Lunatic asylums in Bengal annual reports 1899-1911 - 1899-1911
Year: 1899
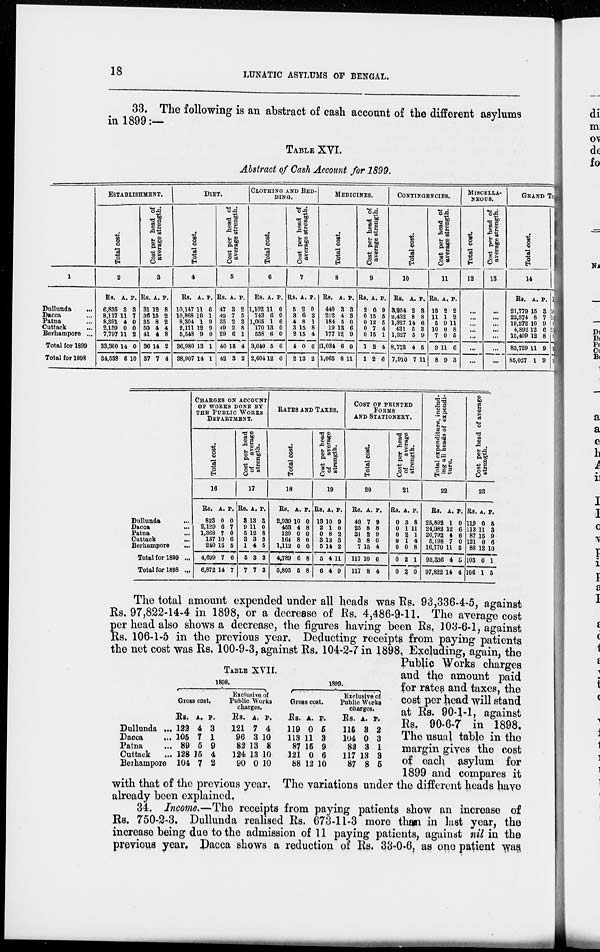
18
LUNATIC ASYLUMS OF BENGAL.
33. The following is an abstract of cash account of the different asylums
in 1899 :—
TABLE XVI.
Abstract of Cash Account for 1899.
1
Dullunda
...
Dacca ...
Patna ...
Cuttack ...
Berhampore ...
Total for 1899
Total for 1898
ESTABLISHMENT.
Total cost.
2
Rs.
6,835
8,117
8,391
2,159
7,797
33,300
34,538
A.
3
11
4
0
11
14
6
P.
3
7
0
0
2
0
10
Cost per head of
average strength.
3
Rs.
31
36
35
50
41
30
37
A.
12
15
8
4
4
14
7
P.
8
2
2
4
8
2
4
DIET.
Total cost.
4
Rs.
10,147
10,868
8,304
2,111
5,548
36,980
38,907
A.
11
10
1
12
9
13
14
P.
6
1
9
9
0
1
1
Cost per head of
average strength.
5
Rs.
47
49
35
49
29
40
42
A.
3
7
2
2
6
15
3
P.
2
5
3
8
1
4
2
CLOTHING AND BED-
----.
Total cost.
6
Rs.
1,102
743
1,065
170
558
3,640
2,604
A.
11
6
1
13
6
5
12
P.
0
0
6
0
0
6
0
Cost per head of
average strength.
7
Rs.
5
3
4
3
2
4
2
A.
2
6
8
15
15
0
13
P.
0
2
1
8
4
6
2
MEDICINES.
Total cost.
8
Rs.
440
212
184
19
177
1,034
1,065
A.
3
4
5
13 12
6
8
P.
3
3
0
6
9
9
11
Cost per head of
average strength.
9
Rs.
2
0
0
0
0
1
1
A.
0
15
12
7
15
2
2
P.
9
5
5
4
1
4
6
CONTINGENCIES.
Total cost.
10
Rs.
3,254
2,432
1,327
431
1,327
8,773
7,910
A.
2
8
14
5
5
4
7
P.
3
8
6
3
9
5
11
Cost per head of
average strength.
11
Rs.
15
11
5
10
7
9
8
A.
2
1
9
0
0
11
9
P.
2
2
11
8
5
6
3
MISCELLA-
-----.
Total cost.
12
...
...
...
...
...
...
...
Cost per head of
average strength.
13
...
...
...
...
...
...
...
GRAND TO
Total cost.
14
Rs.
21,779
22,374
19,272
4,892
15,409
83,729
85,027
A.
15
8
10
12
12
11
1
P.
3
7
9
6
8
9
9
Rs.
10
10
8
18
8
9
9
Dullunda ...
Dacca ...
Patna ...
Cuttack ...
Berhampore ...
Total for 1899 ...
Total for 1898 ...
CHARGES ON ACCOUNT
OF WORKS DONE BY
THE PUBLIC WORKS
DEPARTMENT.
Total cost.
16
Rs.
823
2,129
1,368
137
240
4,699
6,872
A.
0
6
7
10
15
7
14
P.
0
7 0
6
5
6
7
Cost per head
of
average
strength.
17
Rs.
3
9
5
3
1
5
7
A.
13
11
12
3
4
3
7
P.
3
0
8
3
5
3
3
RATES AND TAXES.
Total cost.
18
Rs.
2,939
453
120
164
1,112
4,789
5,805
A.
10
4
0
8
0
6
5
P.
0
8
0
0
0
8
8
Cost per head
of
average
strength.
19
Rs.
13
2
0
3
5
5
6
A.
10
1
8
13
14
4
4
P.
9
0
2
3
2
11
9
COST OF PRINTED
FORMS
AND STATIONARY.
Total cost.
20
Rs.
49
25
31
3
7
117
117
A.
7
8
2
8
15
10
8
P.
9
8
9
0
4
6
4
Cost per head
of
average
strength.
21
Rs.
0
0
0
0
0
0
0
A.
3
1
2 1
0
2
2
P.
8
11
1
4
8
1
0
Total expenditure, includ-
ing all heads of expendi-
ture.
22
Rs.
25,592
24,982
20,792
5,198
16,770
93,336
97,822
A.
1
12
4
7
11
4
14
P.
0
6
6
0
5
5
4
Cost per head of average
strength.
23
Rs.
119
113
87
121
88
103
106
A.
0
11
15
0
12
6
1
P.
5
3
9
6
10
1
5
TABLE XVII.
Dullunda ...
Dacca ...
Patna ...
Cuttack ...
Berhampore
1898.
Gross cost.
Rs.
122
105
89
128
104
A.
4
7
5
15
7
P.
3
1
9
4
2
Exclusive of
Public Works
charges.
Rs.
121
96
82
124
90
A.
7
3
13
13
0
P.
4
10
8
10
10
1899.
Gross cost.
Rs.
119
113
87
121
88
A.
0
11
15
0
12
P.
5
3
9
6
10
Exclusive of
Public Works
charges.
Rs.
115
104
82
117
87
A.
3
0
3
13
8
P.
2
3
1
3
5
The total amount expended under all heads was Rs. 93,336-4-5, against
Rs. 97,822-14-4 in 1898, or a decrease of Rs. 4,486-9-11. The average cost
per head also shows a decrease, the figures having been Rs. 103-6-1, against
Rs. 106-1-5 in the previous year. Deducting receipts from paying patients
the net cost was Rs. 100-9-3, against Rs. 104-2-7 in 1898. Excluding, again, the
Public Works charges
and the amount paid
for rates and taxes, the
cost per head will stand
at Rs. 90-1-1, against
Rs. 90-6-7 in 1898.
The usual table in the
margin gives the cost
of each asylum for
1899 and compares it
with that of the previous year. The variations under the different heads have
already been explained.
34. Income.— The receipts from paying patients show an increase of
Rs. 750-2-3. Dullunda realised Rs. 673-11-3 more than in last year, the
increase being due to the admission of 11 paying patients, against nil in the
previous year. Dacca shows a reduction of Rs. 33-0-6, as one patient was